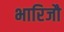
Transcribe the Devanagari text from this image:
भारिजौ